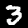
Label: 3